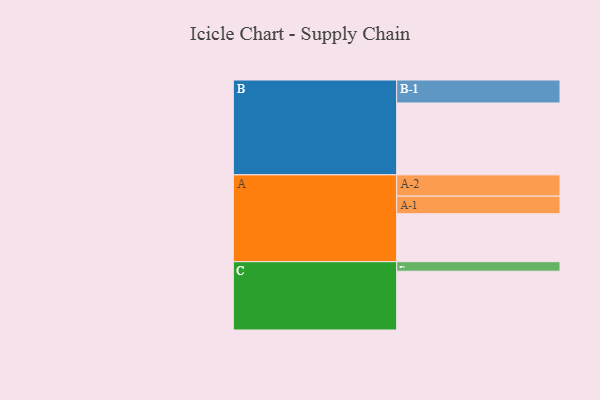
{"axis": {"x": "Segment", "y": "Value"}, "legend": ["", "A", "B", "C"], "data": [{"x": "A", "y": 363, "type": ""}, {"x": "B", "y": 544, "type": ""}, {"x": "C", "y": 445, "type": ""}, {"x": "A-1", "y": 133, "type": "A"}, {"x": "A-2", "y": 161, "type": "A"}, {"x": "B-1", "y": 174, "type": "B"}, {"x": "C-1", "y": 72, "type": "C"}]}